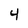
Character: 4